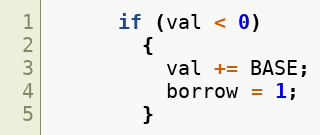
Language: C++
	  if (val < 0)
	    {
	      val += BASE;
	      borrow = 1;
	    }